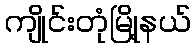
ကျိုင်းတုံမြို့နယ်